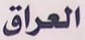
العراق